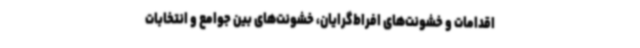
اقدامات و خشونت‌های افراط‌گرایان، خشونت‌های بین جوامع و انتخابات